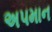
અ૫માન